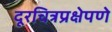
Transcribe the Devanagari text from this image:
दूरचित्रप्रक्षेपणे